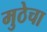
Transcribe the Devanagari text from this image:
मुठेचा